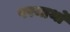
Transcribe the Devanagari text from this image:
परमार्थो